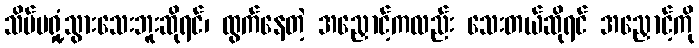
သိပ်မရှုံ့သွားသေးဘူးဆိုရင်၊ ထွက်နေတဲ့ အညှောင့်ကလည်း သေးတယ်ဆိုရင် အညှောင့်ကို